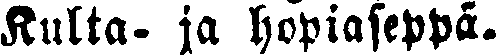
Kulta, ja hopiaseppä.